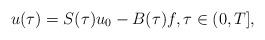
LaTeX: \begin{align*}u(\tau)=S(\tau) u_{0}-B(\tau) f, \tau \in(0, T],\end{align*}